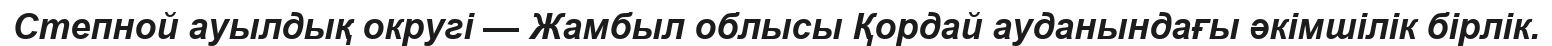
Степной ауылдық округі — Жамбыл облысы Қордай ауданындағы әкімшілік бірлік.